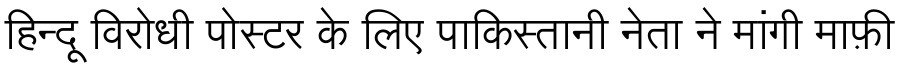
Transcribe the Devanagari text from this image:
हिन्दू विरोधी पोस्टर के लिए पाकिस्तानी नेता ने मांगी माफ़ी